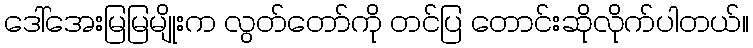
ဒေါ်အေးမြမြမျိုးက လွတ်တော်ကို တင်ပြ တောင်းဆိုလိုက်ပါတယ်။